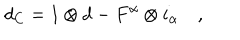
d _ { C } = 1 \otimes d - F ^ { \alpha } \otimes i _ { \alpha } \quad ,